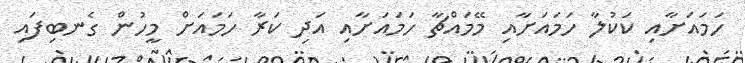
ހަމައަށާއި ކަކުލާ ހަމައަށާއި މޭމައްޗާ ހަމައަށާއި އަދި ކަރާ ހަމައަށް މީހުން ގެނބިފައި